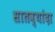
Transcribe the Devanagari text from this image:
सातव्यांदा